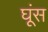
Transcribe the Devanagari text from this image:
घूंस